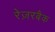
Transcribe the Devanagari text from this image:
रेज़रबैक